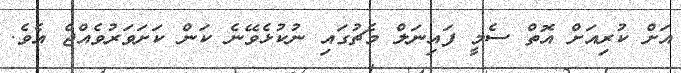
އަށް ކުރިއަށް އޮތް ސެމީ ފައިނަލް މެޗުގައި ނުކުޅެވޭނެ ކަން ކަށަވަރުވެއްޖެ އެވެ.